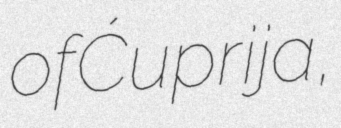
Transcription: of Ćuprija,